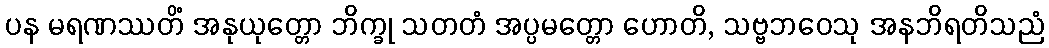
ပန မရဏဿတိံ အနုယုတ္တော ဘိက္ခု သတတံ အပ္ပမတ္တော ဟောတိ, သဗ္ဗဘဝေသု အနဘိရတိသညံ